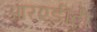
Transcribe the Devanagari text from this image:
आरएडीटी